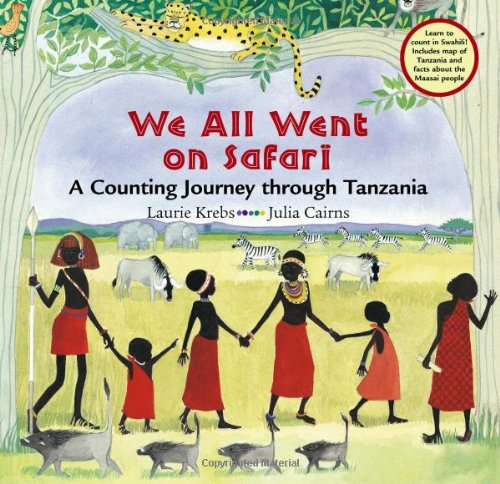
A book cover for We All Went on Safari (Travel the World); Laurie Krebs; Travel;